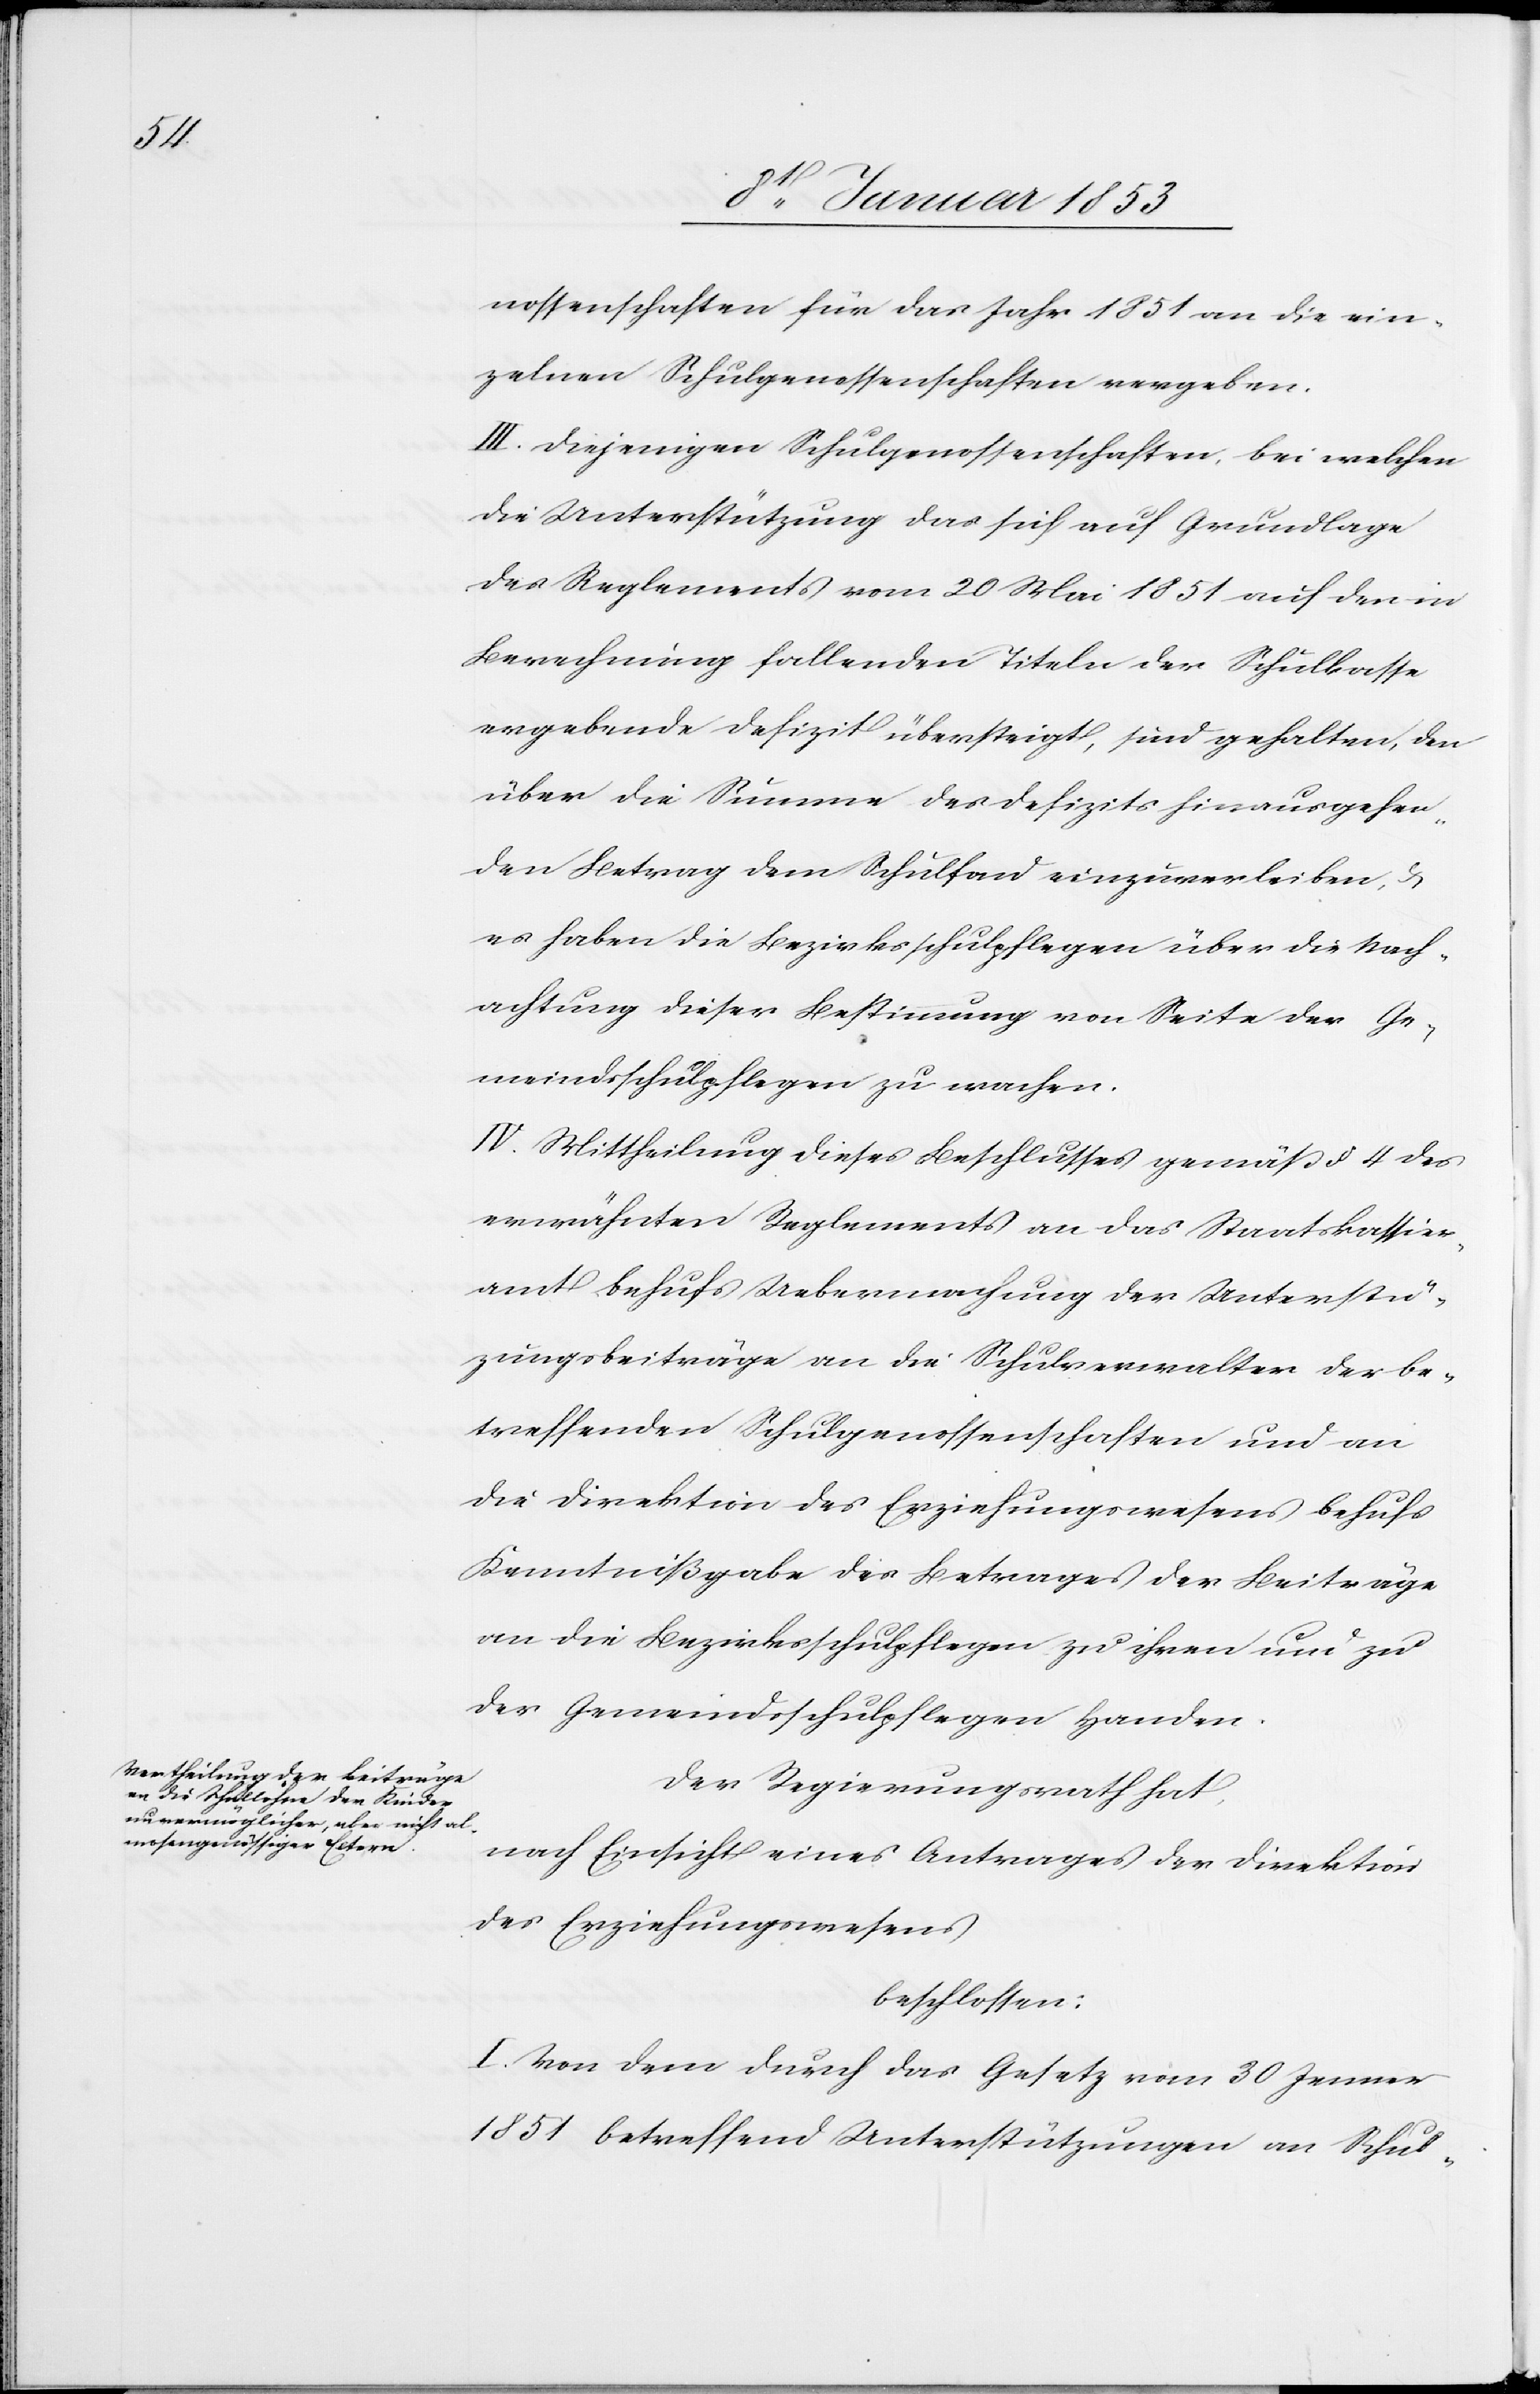
nossenschaften für das Jahr 1851 an die ein¬
zelnen Schulgenossenschaften vergeben.
III. Diejenigen Schulgenossenschaften, bei welchen
die Unterstützung das sich auf Grundlage
des Reglements vom 20 Mai 1851 auf den in
Berechnung fallenden Titeln der Schulkasse
ergebende Defizit übersteigt, sind gehalten, den
über die Summe des Defizits hinausgehen¬
den Betrag dem Schulfond einzuverleiben u.
es haben die Spezialschulpflegen über die Nach¬
achtung dieser Bestimmung von Seite der Ge¬
meindsschulpflegen zu wachen.
IV. Mittheilung dieses Beschlusses gemäß § 4 des
erwähnten Reglements an das Staatskassier¬
amt Behufs Uebermachung der Unterstüt¬
zungsbeiträge an die Schulverwalter der be¬
treffenden Schulgenossenschaften und an
die Direktion des Erziehungswesens behufs
Kenntnißgabe des Betrages der Beiträge
an die Bezirksschulpflege zu ihren und zu
der Gemeindsschulpflegen Handen.
Der Regierungsrath hat,
nach Einsicht eines Antrages der Direktion
des Erziehungswesens
beschlossen:
I. Von dem durch das Gesetz vom 30 Jenner
1851 betreffend Unterstützungen an Schul-